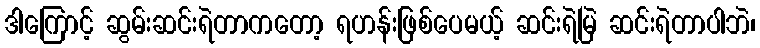
ဒါကြောင့် ဆွမ်းဆင်းရဲတာကတော့ ရဟန်းဖြစ်ပေမယ့် ဆင်းရဲမြဲ ဆင်းရဲတာပါဘဲ၊